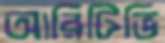
আরিটিভি